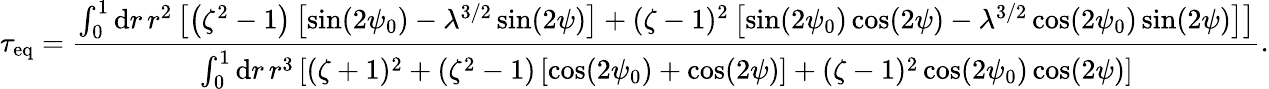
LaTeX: \tau_{\mathrm{eq}}=\frac{\int_{0}^{1}\mathrm{d}r\, r^{2}\left[\left(\zeta^{2}-1\right)\left[\sin(2\psi_{0})-\lambda^{3/2}\sin(2\psi)\right]+(\zeta-1)^{2}\left[\sin(2\psi_{0})\cos(2\psi)-\lambda^{3/2}\cos(2\psi_{0})\sin(2\psi)\right]\right]}{\int_{0}^{1}\mathrm{d}r\, r^{3}\left[(\zeta+1)^{2}+\left(\zeta^{2}-1\right)\left[\cos(2\psi_{0})+\cos(2\psi)\right]+(\zeta-1)^{2}\cos(2\psi_{0})\cos(2\psi)\right]}.